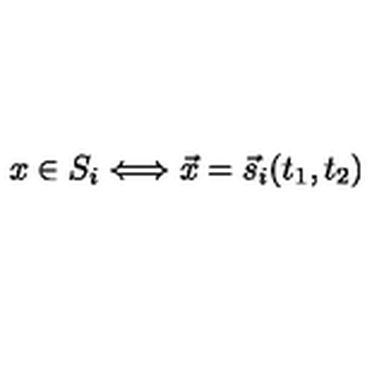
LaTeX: x \in S _ { i } \Longleftrightarrow \vec { x } = \vec { s } _ { i } ( t _ { 1 } , t _ { 2 } )